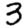
Digit: 3